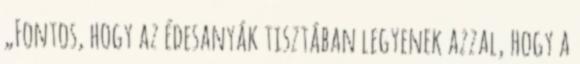
„Fontos, hogy az édesanyák tisztában legyenek azzal, hogy a